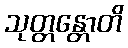
သုတ္တန္တောတိ